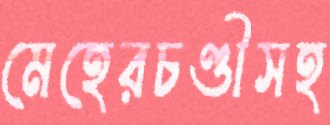
মেহেরচণ্ডীসহ